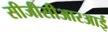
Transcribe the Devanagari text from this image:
सीजीसीआरआई